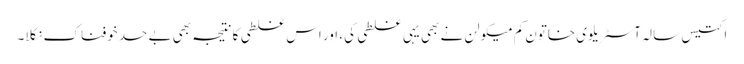
اکتیس سالہ آسٹریلوی خاتون کم میکولن نے بھی یہی غلطی کی، اور اس غلطی کا نتیجہ بھی بے حد خوفناک نکلا۔